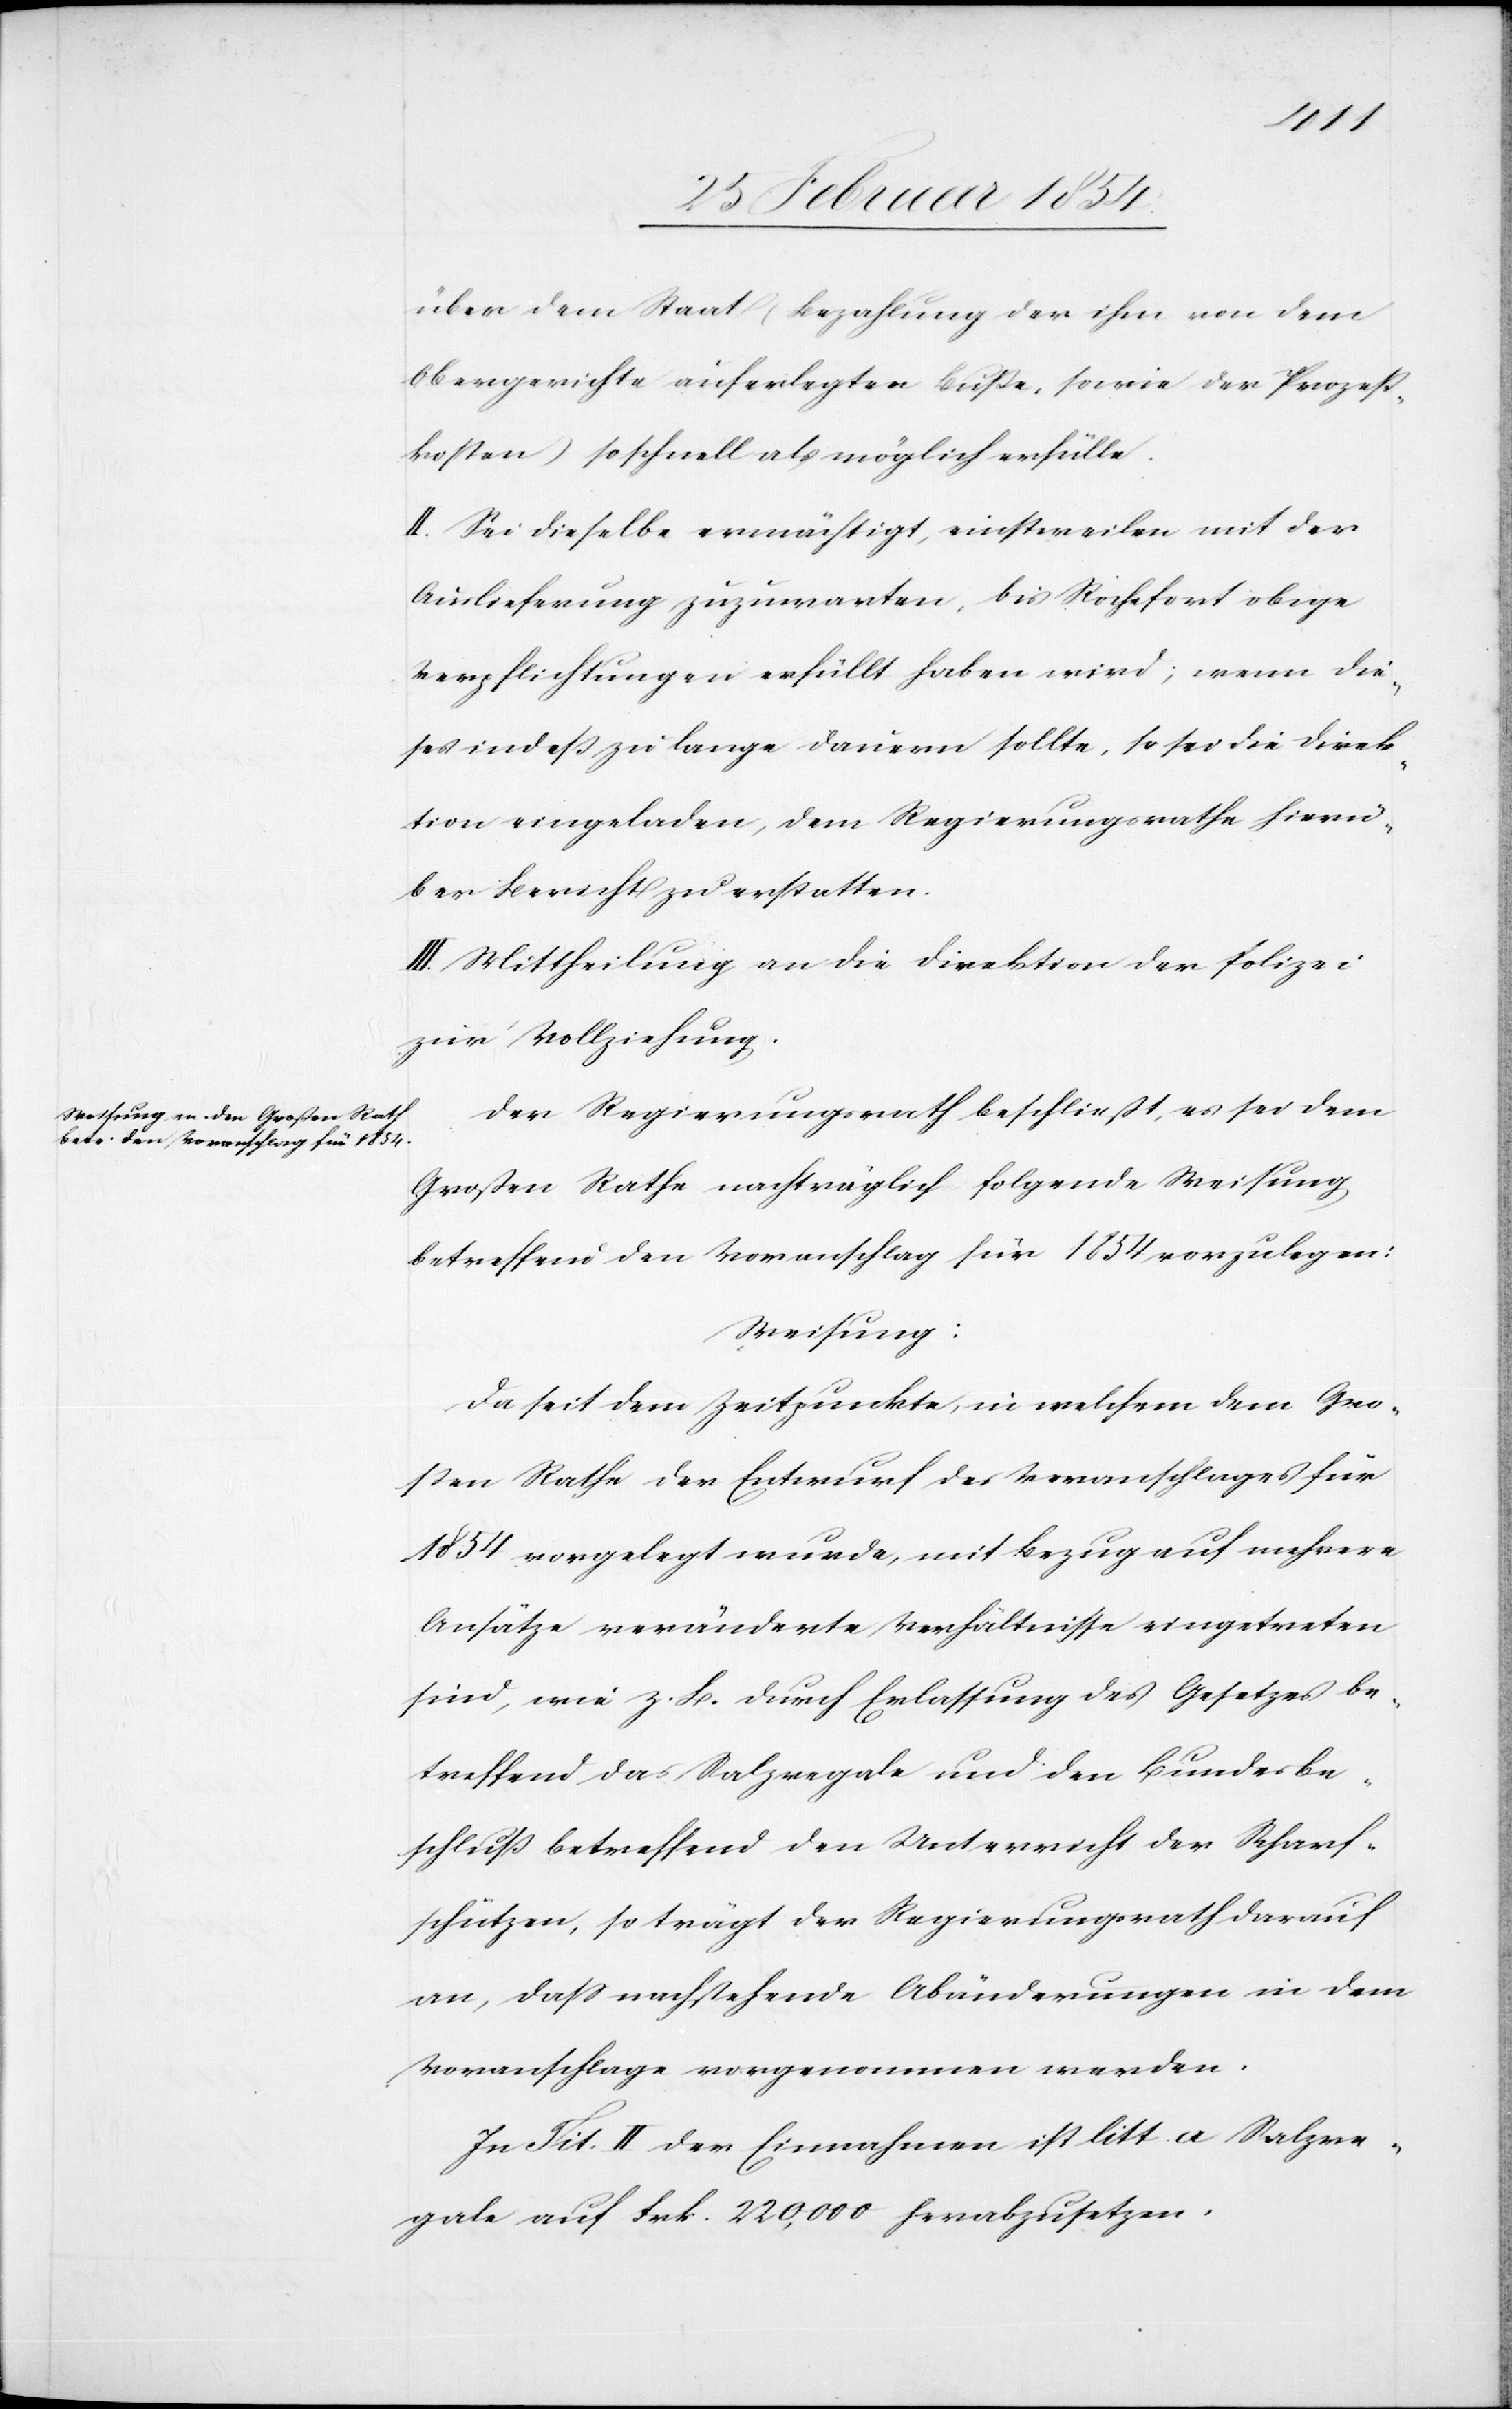
über4 dem Staat (Bezahlung der ihm von dem
Obergerichte auferlegten Buße, sowie der Prozeß¬
kosten) so schnell als möglich erfülle.
II. Sei dieselbe ermächtigt, einstweilen mit der
Auslieferung zuzuwarten, bis Rochefort obige
Verpflichtungen erfüllt haben wird; wenn die¬
ses indeß zu lange dauern sollte, so sei die Direk¬
tion eingeladen, dem Regierungsrathe hierü¬
ber Bericht zu erstatten.
III: Mittheilung an die Direktion der Polizei
zur Vollziehung.
Der Regierungsrath beschließt, es sei dem
Großen Rathe nachträglich folgende Weisung
betreffend den Voranschlag für 1854 vorzulegen:
Weisung:
Da seit dem Zeitpunkte, in welchem dem Gro¬
ßen Rathe der Entwurf des Voranschlages für
1854 vorgelegt wurde, mit Bezug auf mehrere
Ansätze veränderte Verhältnisse eingetreten
sind, wie z. B. durch Erlassung des Gesetzes be¬
treffend das Salzregale und den Bundesbe¬
schluß betreffend den Unterricht der Scharf¬
schützen, so trägt der Regierungsrath darauf
an, daß nachstehende Abänderungen in dem
Voranschlage vorgenommen werden.
In Tit. II der Einnahmen ist litt. A Salzre¬
gale auf Frk. 220, 000 herabzusetzen.